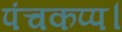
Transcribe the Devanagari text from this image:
पंचकप्प।